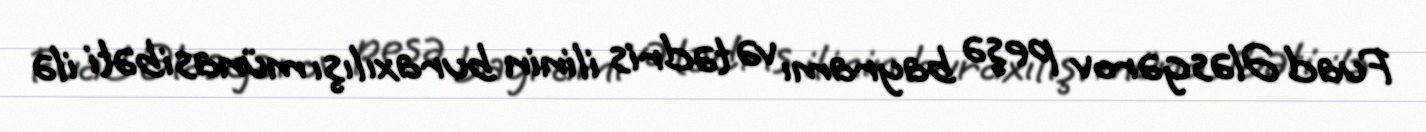
Fuad Ələsgərov peşə bayramı və tədris ilinin buraxılışı münasibəti ilə